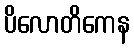
ပိလောတိကေန